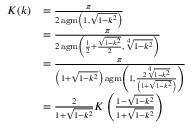
{ \begin{array} { r l } { K ( k ) } & { = { \frac { \pi } { 2 \operatorname { a g m } \left( 1 , { \sqrt { 1 - k ^ { 2 } } } \right) } } } \\ & { = { \frac { \pi } { 2 \operatorname { a g m } \left( { \frac { 1 } { 2 } } + { \frac { \sqrt { 1 - k ^ { 2 } } } { 2 } } , { \sqrt [ { 4 } ] { 1 - k ^ { 2 } } } \right) } } } \\ & { = { \frac { \pi } { \left( 1 + { \sqrt { 1 - k ^ { 2 } } } \right) \operatorname { a g m } \left( 1 , { \frac { 2 { \sqrt [ { 4 } ] { 1 - k ^ { 2 } } } } { \left( 1 + { \sqrt { 1 - k ^ { 2 } } } \right) } } \right) } } } \\ & { = { \frac { 2 } { 1 + { \sqrt { 1 - k ^ { 2 } } } } } K \left( { \frac { 1 - { \sqrt { 1 - k ^ { 2 } } } } { 1 + { \sqrt { 1 - k ^ { 2 } } } } } \right) } \end{array} }